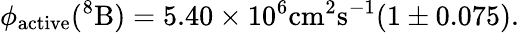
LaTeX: \phi_{\mathrm{active}}(\mathrm{^8B})=5.40\times 10^{6}\mathrm{cm^{2}s^{-1}}(1\pm 0.075).